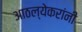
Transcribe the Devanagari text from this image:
आठल्येकरांनी